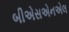
બીએસએનએલ